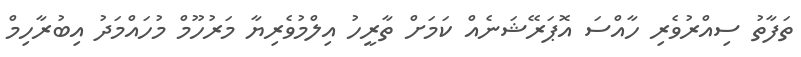
ތަފާތު ސިއްރުވެރި ހާއްސަ އޮޕަރޭޝަނެއް ކަމަށް ތާރީހު އިލްމުވެރިޔާ މަރުހޫމް މުހައްމަދު އިބުރާހިމް